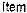
ITEM